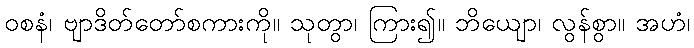
ဝစနံ၊ ဗျာဒိတ်တော်စကားကို။ သုတွာ၊ ကြား၍။ ဘိယျော၊ လွန်စွာ။ အဟံ၊